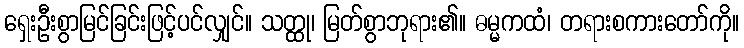
ရှေးဦးစွာမြင်ခြင်းဖြင့်ပင်လျှင်။ သတ္ထု၊ မြတ်စွာဘုရား၏။ ဓမ္မကထံ၊ တရားစကားတော်ကို။